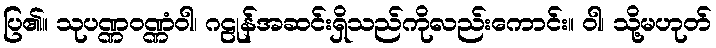
ပြ၏။ သုပဏ္ဏဝဏ္ဏံဝါ၊ ဂဠုန်အဆင်းရှိသည်ကိုလည်းကောင်း။ ဝါ၊ သို့မဟုတ်